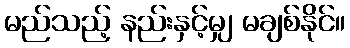
မည်သည့် နည်းနှင့်မျှ မချစ်နိုင်။